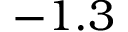
- 1 . 3